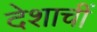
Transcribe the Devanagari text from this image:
देशाचीं